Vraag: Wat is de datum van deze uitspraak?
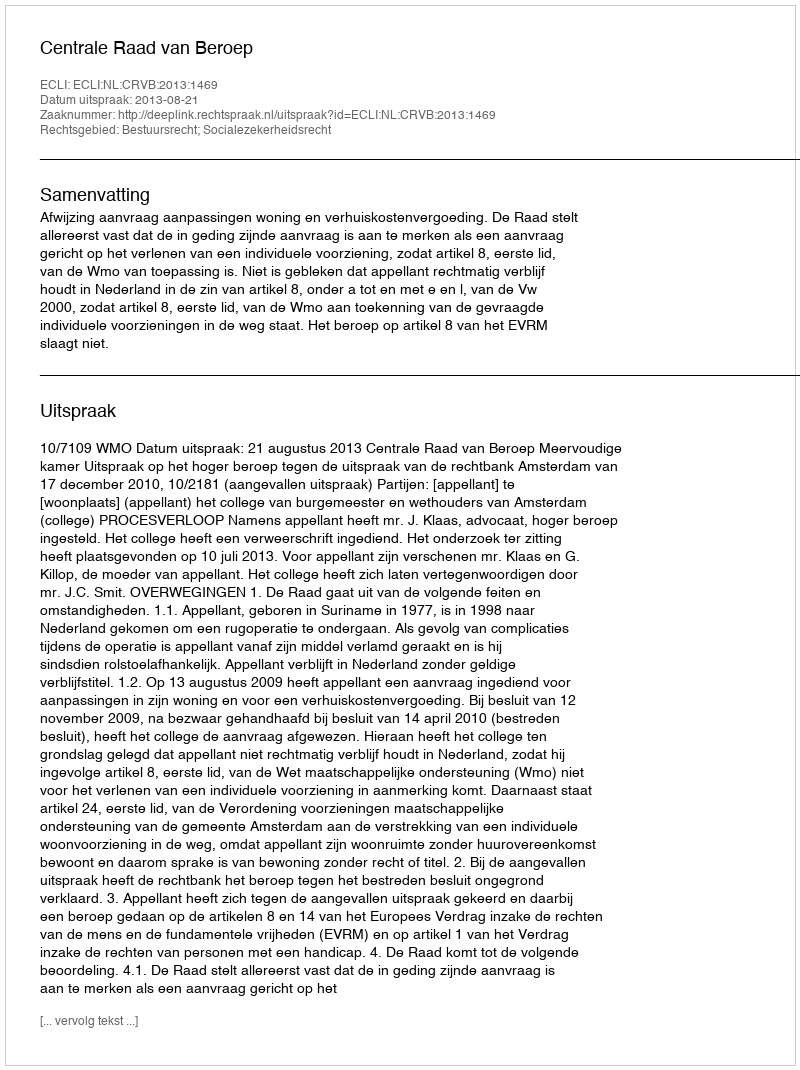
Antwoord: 2013-08-21